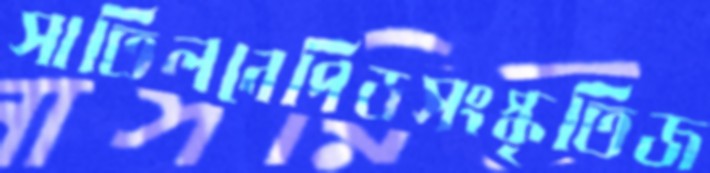
সাতিলনেপিডসংস্কৃতিজ